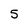
Character: 5